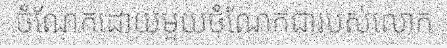
ចំណែកដោយមួយចំណែកជារបស់លោក